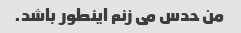
من حدس می زنم اینطور باشد.